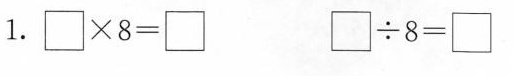
1. $$\Box \times 8 = \Box $$ $$\Box \div 8 = \Box$$